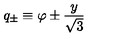
q _ { \pm } \equiv \varphi \pm { \frac { y } { \sqrt { 3 } } }